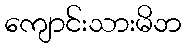
ကျောင်းသားမိဘ